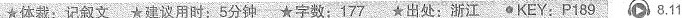
★体裁:记叙文 ★建议用时:5分钟 ★字数:177 ★出处:浙江 KEY:P189 8.11